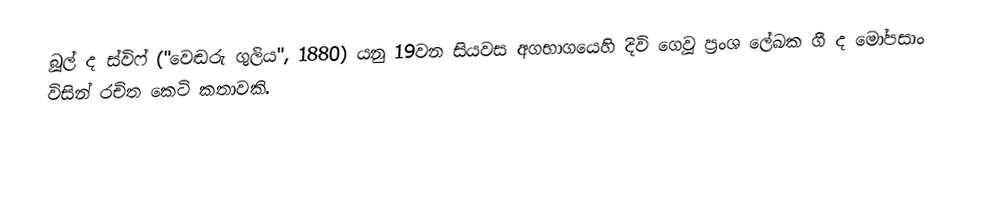
බූල් ද ස්විෆ් ("වෙඬරු ගුලිය", 1880) යනු 19වන සියවස අගභාගයෙහි දිවි ගෙවූ  ප්‍රංශ ලේඛක ගී ද මෝපසාං විසින් රචිත  කෙටි කතාවකි.